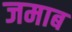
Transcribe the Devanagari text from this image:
जमाब